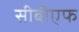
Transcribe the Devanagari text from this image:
सीबीएफ